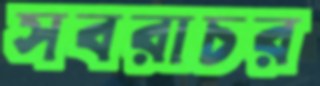
সবরাচর